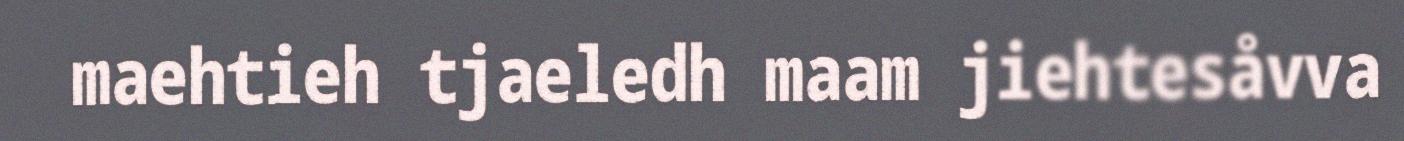
maehtieh tjaeledh maam jiehtesåvva